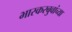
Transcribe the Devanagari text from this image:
भास्करबुवांच्या